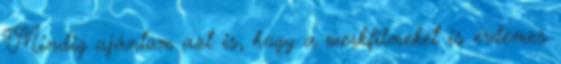
Mindig ajánlom azt is, hogy a werkfilmeket is érdemes